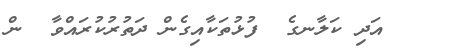
٣   އަދި ކަލާނގެ  ފުޅުތަކާއިގެން ދަތުރުކުރައްވާ  ން